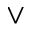
\vee